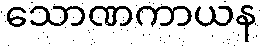
သောဏကာယန